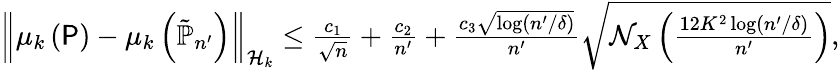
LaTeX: \begin{array}{r}{\left\| {\mu_{k}\left(\P\right)-\mu_{k}\left(\tilde{\mathbb{P}}_{n^{\prime}}\right)}\right\| _{\mathcal{H}_{k}}\leq\frac{c_{1}}{\sqrt{n}}+\frac{c_{2}}{n^{\prime}}+\frac{c_{3}\sqrt{\log(n^{\prime}/\delta)}}{n^{\prime}}\sqrt{\mathcal N_{X}\left(\frac{12K^{2}\log(n^{\prime}/\delta)}{n^{\prime}}\right)},}\end{array}